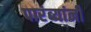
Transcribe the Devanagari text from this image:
पारंब्यांनी